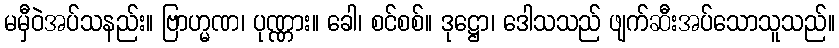
မမှီဝဲအပ်သနည်း။ ဗြာဟ္မဏ၊ ပုဏ္ဏား။ ခေါ၊ စင်စစ်။ ဒုဋ္ဌော၊ ဒေါသသည် ဖျက်ဆီးအပ်သောသူသည်။